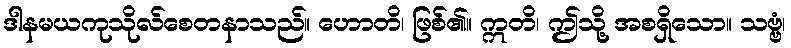
ဒါနမယကုသိုလ်စေတနာသည်။ ဟောတိ၊ ဖြစ်၏။ ဣတိ၊ ဤသို့ အစရှိသော။ သဗ္ဗံ၊